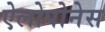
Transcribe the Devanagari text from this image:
ऐलोपोनेस